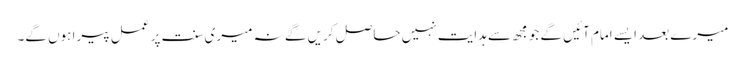
میرے بعد ایسے امام آئیں گے جو مجھ سے ہدایت نہیں حاصل کریں گے نہ میری سنت پر عمل پیرا ہوں گے۔